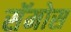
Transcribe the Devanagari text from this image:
सॅमोस